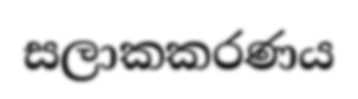
සලාකකරණය